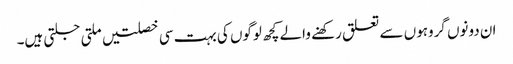
ان دونوں گروہوں سے تعلق رکھنے والے کچھ لوگوں کی بہت سی خصلتیں ملتی جلتی ہیں۔